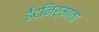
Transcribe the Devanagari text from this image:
ईंटनिर्माता